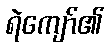
ရဲကျော်၏